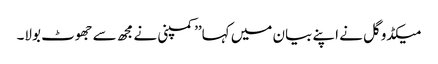
میکڈوگل نے اپنے بیان میں کہا’’کمپنی نے مجھ سے جھوٹ بولا۔